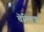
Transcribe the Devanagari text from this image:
चॆल्लिक